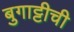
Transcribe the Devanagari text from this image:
बुगाट्टीची